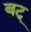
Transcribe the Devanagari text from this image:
बट्